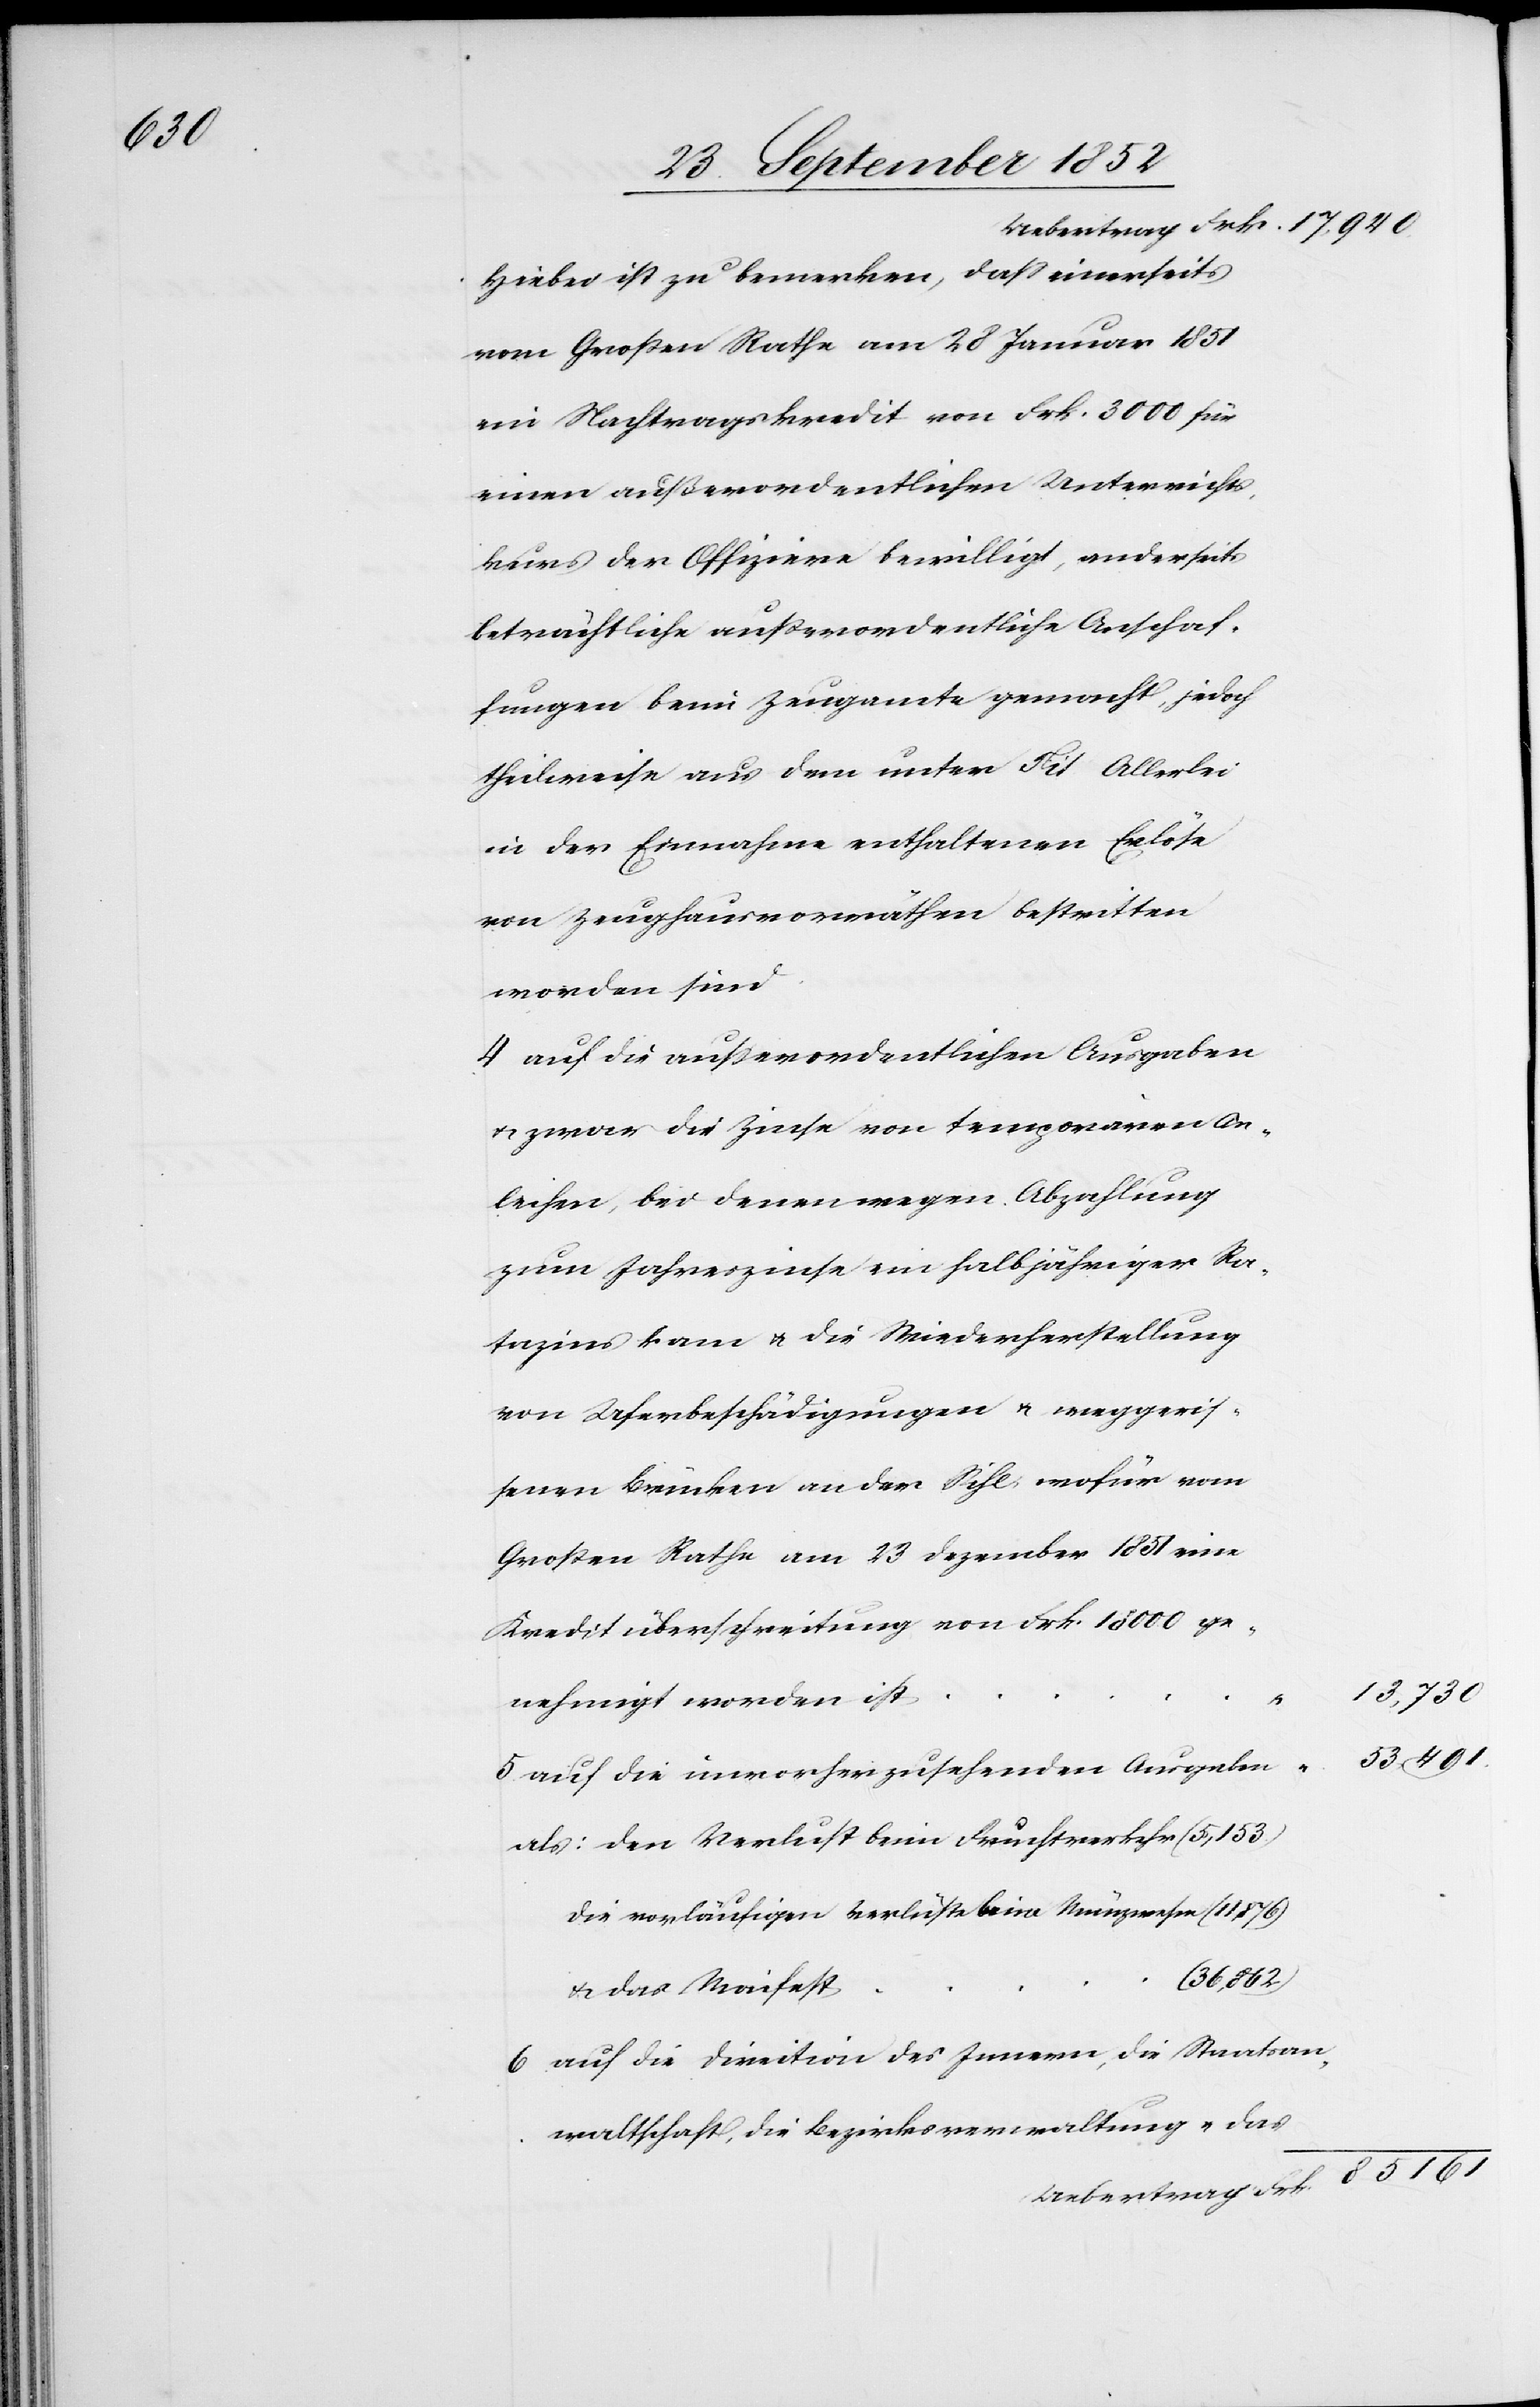
161

Hiebei ist zu bemerken, dass einerseits
vom Großen Rathe am 28 Januar 1851
ein Nachtragskredit von Frk. 3000 für
einen außerordentlichen Unterrichts¬
kurs der Offiziere bewilligt, anderseits
beträchtliche außerordentliche Anschaf¬
fungen beim Zeugamte gemacht, jedoch
theilweise aus dem unter Tit Allerlei
in der Einnahme enthaltenen Erlöse
von Zeughausvorräthen bestritten
worden sind.
auf die ausserordentlichen Ausgaben
& zwar die Zinse von temporären An¬
leihen, bei denen wegen Abzahlung
zum Jahreszinse ein halbjähriger Ra¬
tazins kam & die Wiederherstellung
von Uferbeschädigungen & weggeris¬
senen Brücken an der Sihl, wofür vom
Großen Rathe am 23 Dezember 1851 eine
Kreditüberschreitung von Frk. 18 000 ge¬
13,730
5
nehmigt worden ist
53,491.
auf die unvorherzusehenden Ausgaben
den Verlust beim Fruchtverkehr (5,153.)
die vorläufigen Verlüste beim Münzwesen (11,876)
(36,862)
& das Maifest
auf die Direction des Innern, die Staatsan¬
waltschaft, die Bezirksverwaltung & das